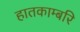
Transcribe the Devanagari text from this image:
हातकाम्बरि